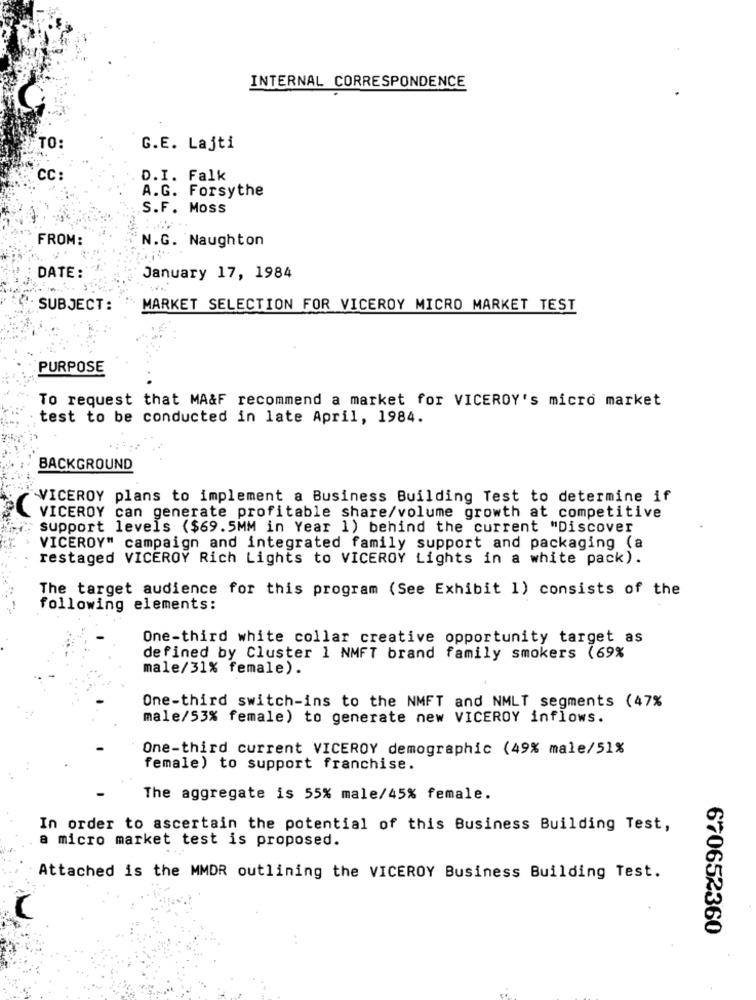
INTERNAL CORRESPONDENCE
TO:
G.E. Lajti
CC:
D.I. Falk
A.G. Forsythe
.S.F. Moss
FROM:
N.G. Naughton
DATE:
January 17, 1984
SUBJECT:
MARKET SELECTION FOR VICEROY MICRO MARKET TEST
PURPOSE
To request that MA&F recommend a market for VICEROY's micro market
test to be conducted in late April, 1984.
BACKGROUND
VICEROY plans to implement a Business Building Test to determine if
VICEROY can generate profitable share/volume growth at competitive
support levels ($69.5MM in Year 1) behind the current "Discover
VICEROY" campaign and integrated family support and packaging (a
restaged VICEROY Rich Lights to VICEROY Lights in a white pack).
The target audience for this program (See Exhibit 1) consists of the
following elements:
One-third white collar creative opportunity target as
defined by Cluster 1 NMFT brand family smokers (69%
male/31% female).
One-third switch-ins to the NMFT and NMLT segments (47%
male/53% female) to generate new VICEROY inflows.
One-third current VICEROY demographic (49% male/51%
female) to support franchise.
The aggregate is 55% male/45% female.
In order to ascertain the potential of this Business Building Test,
a micro market test is proposed.
Attached is the MMDR outlining the VICEROY Business Building Test.
670652360